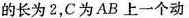
的长为2，C为AB上一个动